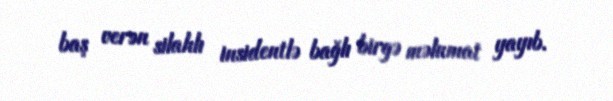
baş verən silahlı insidentlə bağlı birgə məlumat yayıb.